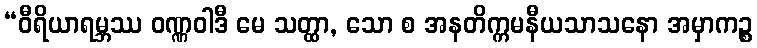
“ဝီရိယာရမ္ဘဿ ဝဏ္ဏဝါဒီ မေ သတ္ထာ, သော စ အနတိက္ကမနီယသာသနော အမှာကဉ္စ